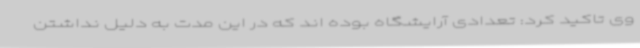
وی تاکید کرد: تعدادی آرایشگاه بوده اند که در این مدت به دلیل نداشتن